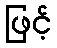
ဖြင့်